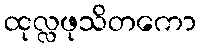
ထုလ္လဖုသိတကော